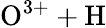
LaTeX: \mathrm{O^{3+}+H}